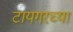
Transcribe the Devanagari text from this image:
टायगरच्या